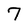
Character: 7